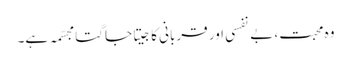
وہ محبت، بے نفسی اور قربانی کا جیتا جاگتا مجسّمہ ہے۔